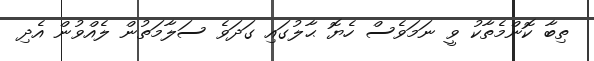
ތިބާ ކޮންމެތާކު ވީ ނަމަވެސް ހެޔޮ ޙާލުގައި ގަދަވެ ސަލާމަތުން ލެއްވުން އެދި